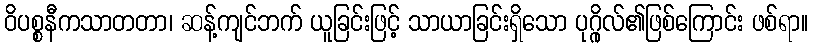
ဝိပစ္စနီကသာတတာ၊ ဆန့်ကျင်ဘက် ယူခြင်းဖြင့် သာယာခြင်းရှိသော ပုဂ္ဂိုလ်၏ဖြစ်ကြောင်း ဖစ်ရာ။